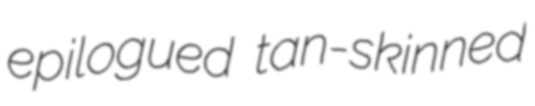
epilogued tan-skinned